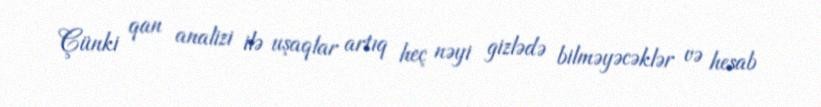
Çünki qan analizi ilə uşaqlar artıq heç nəyi gizlədə bilməyəcəklər və hesab